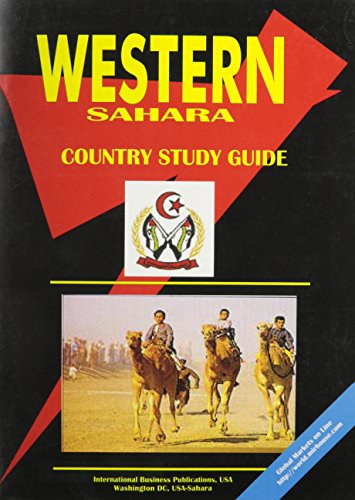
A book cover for Western Sahara Country Study Guide; Ibp Usa; Travel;